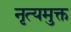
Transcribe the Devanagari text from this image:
नृत्यमुक्त